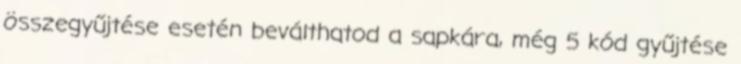
összegyűjtése esetén beválthatod a sapkára, még 5 kód gyűjtése